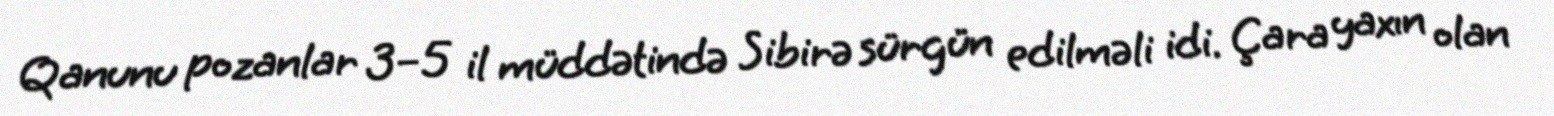
Qanunu pozanlar 3–5 il müddətində Sibirə sürgün edilməli idi. Çara yaxın olan